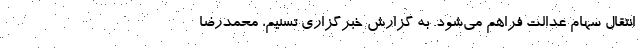
انتقال سهام عدالت فراهم می‌شود. به گزارش خبرگزاری تسنیم، محمدرضا